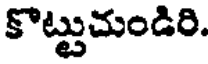
కొట్టుచుండిరి.